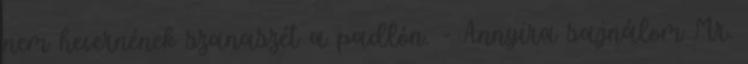
nem hevernének szanaszét a padlón. - Annyira sajnálom Mr.